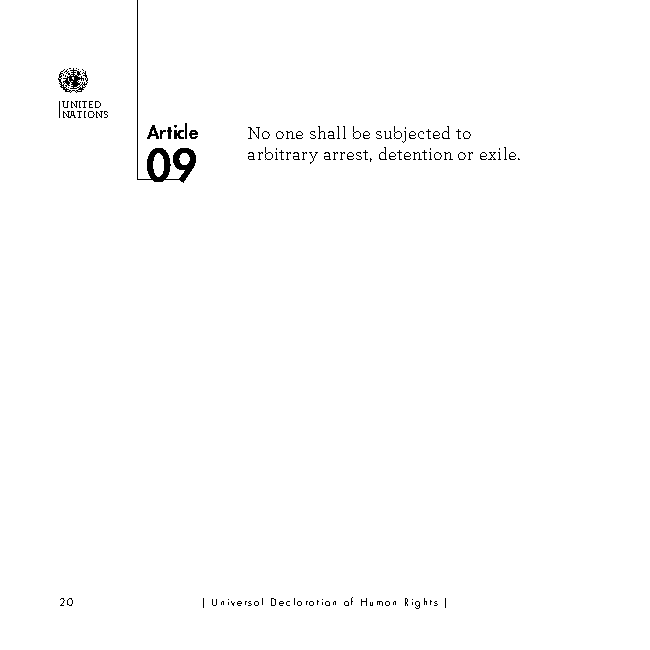
UNITED
 NATIONS
 Article No one shall be subjected to
 arbitrary arrest, detention or exile.
 20       | Universal Declaration of Human Rights |